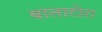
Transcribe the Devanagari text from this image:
बालाटोरा